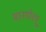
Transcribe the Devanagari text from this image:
मानयोश्यू